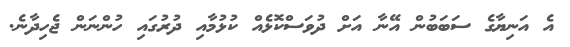
އެ އަނިޔާގެ ސަބަބުން އޭނާ އަށް ދުވަސްކޮޅެއް ކުޅުމާއި ދުރުގައި ހުންނަން ޖެހިދާނެ.